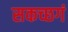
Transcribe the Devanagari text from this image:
सकच्छगं